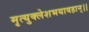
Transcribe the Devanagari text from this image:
मृत्युक्लेशभयावहान्।।